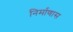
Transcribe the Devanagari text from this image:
निर्माणास